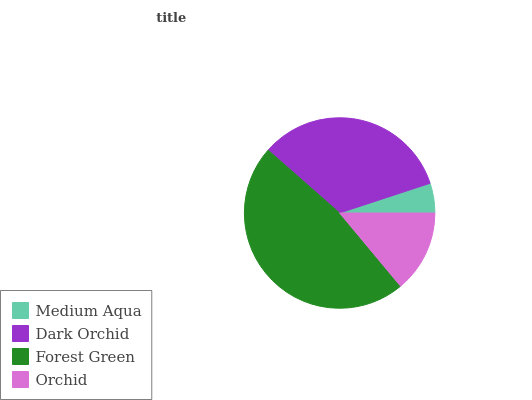
| Medium Aqua | Dark Orchid | Forest Green | Orchid |
 | --- | --- | --- | --- |
 | 5.05% | 33.4% | 47.6% | 13.9% |